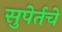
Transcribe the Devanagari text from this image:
सुपेर्तचे